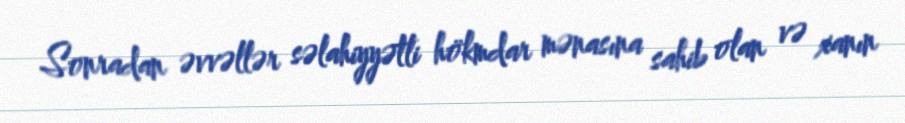
Sonradan əvvəllər səlahiyyətli hökmdar mənasına sahib olan və xanın